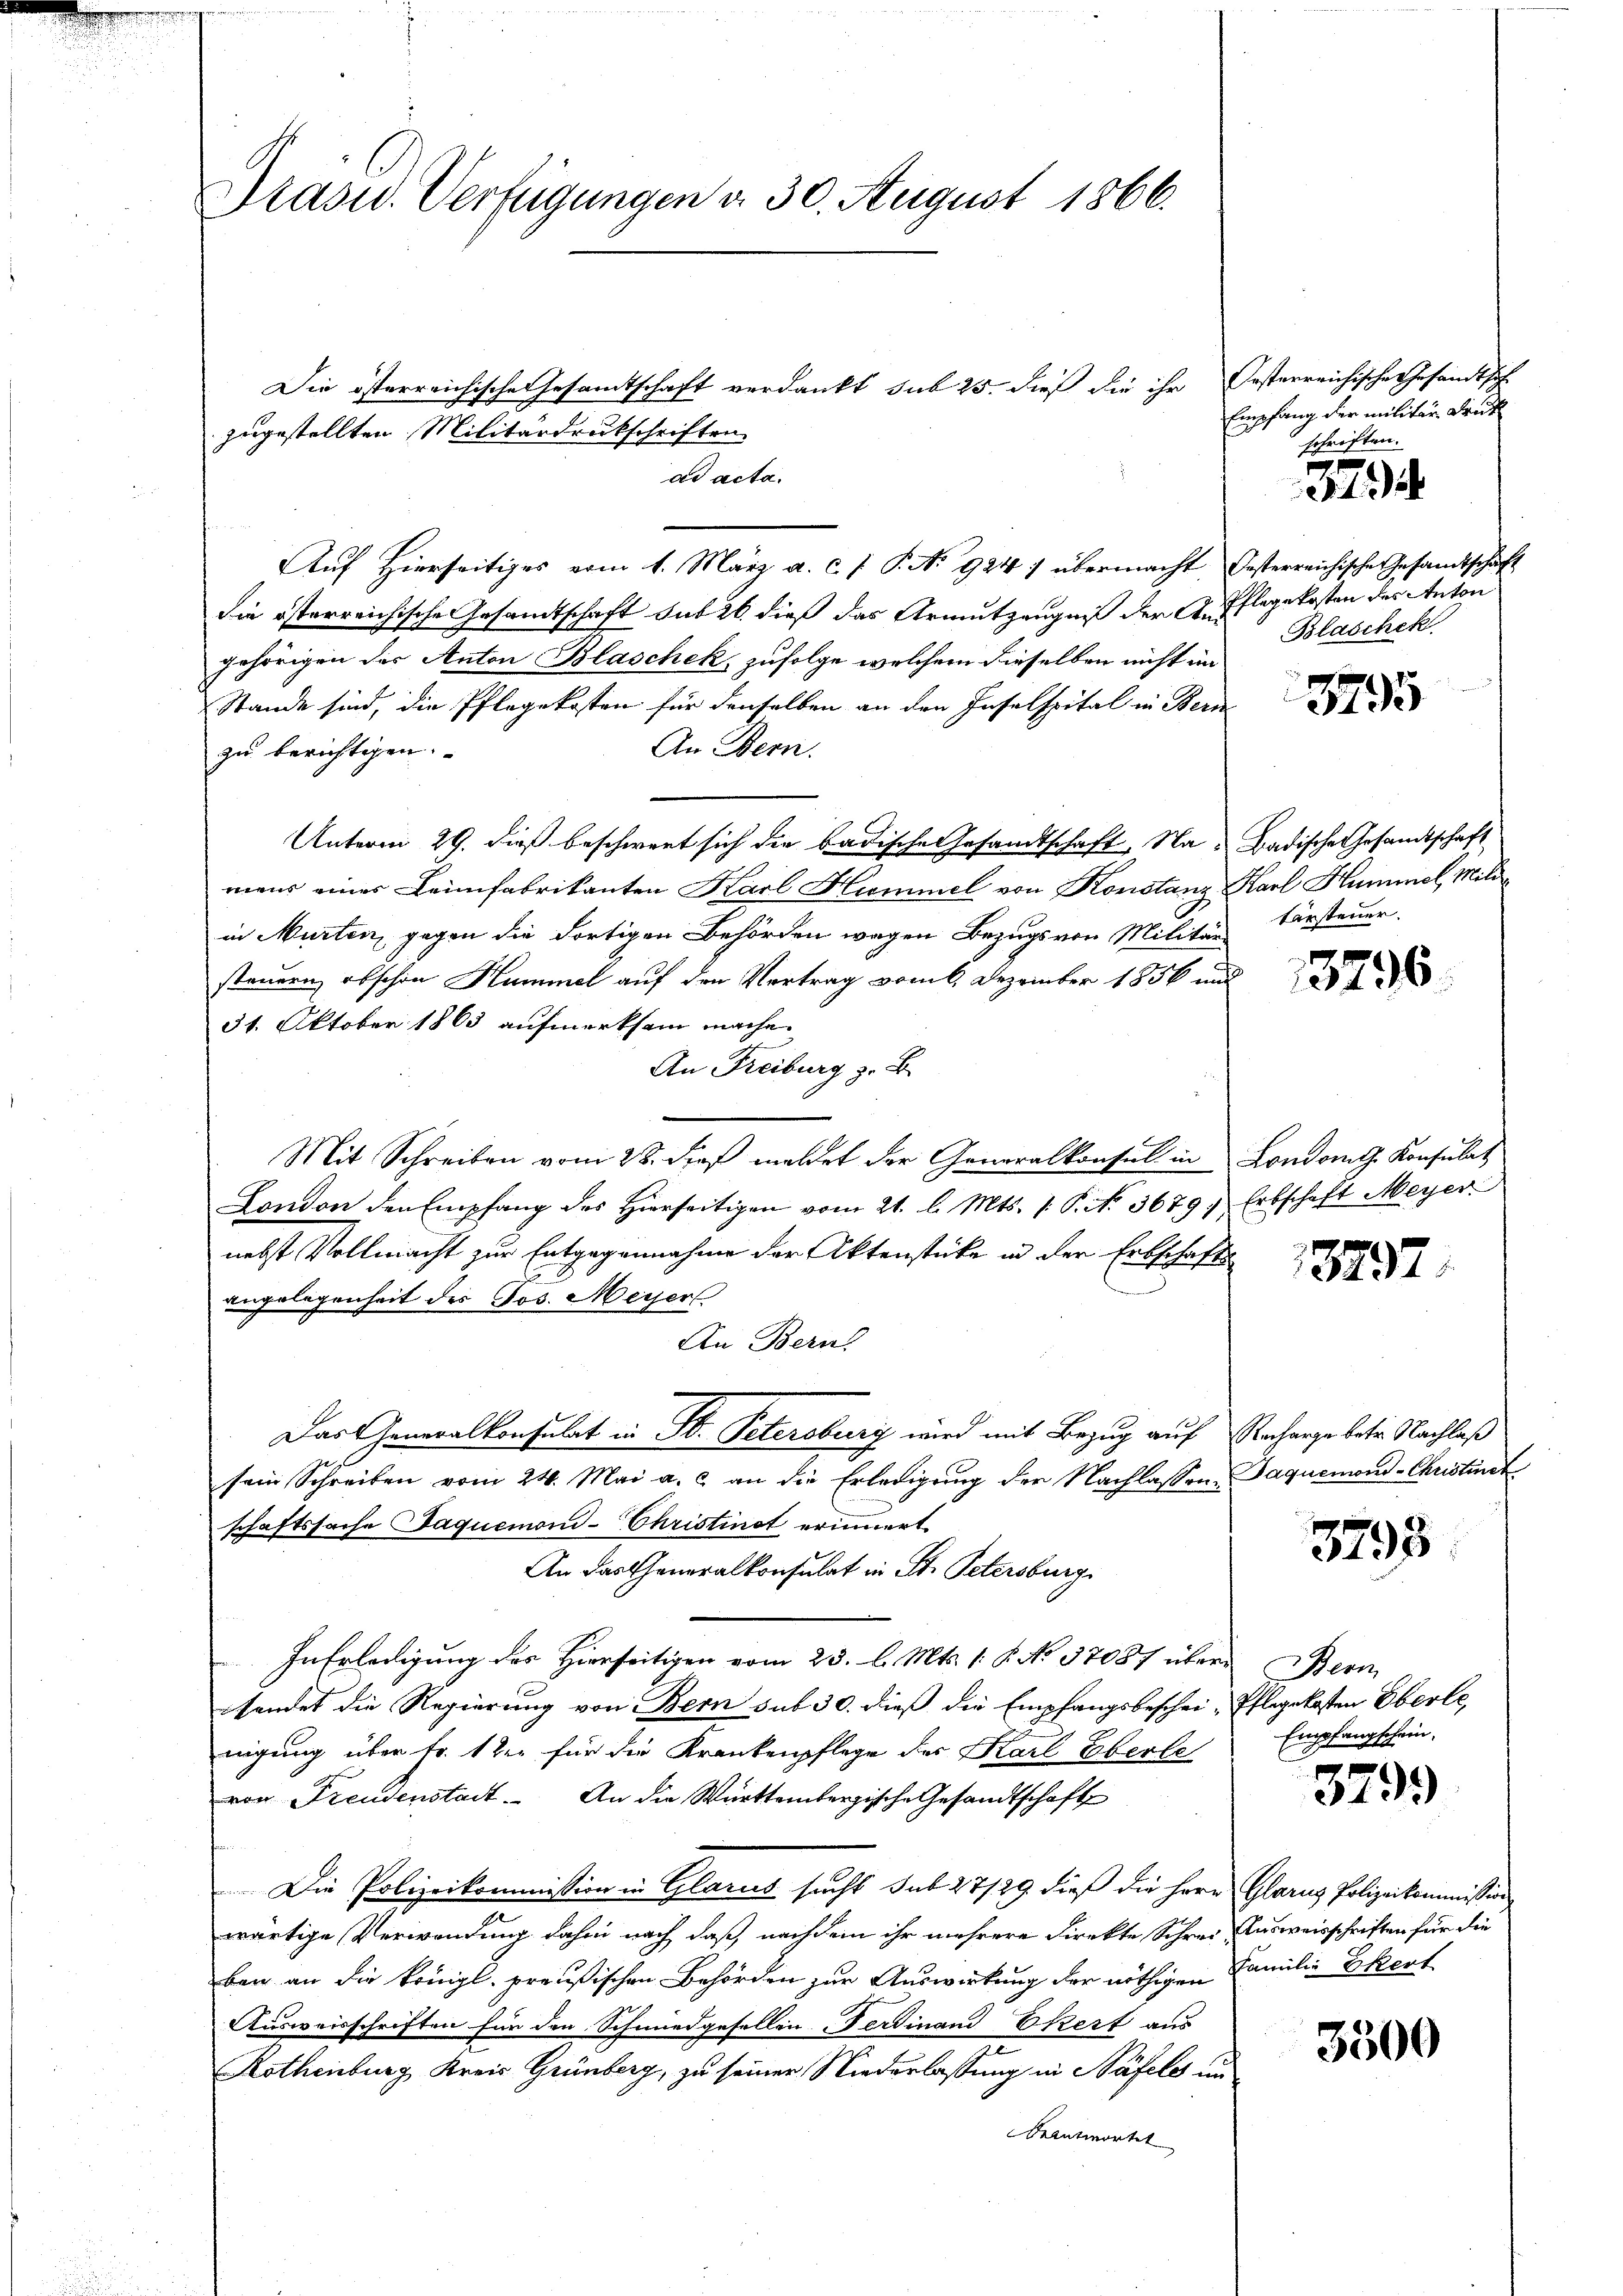
Präsid. Verfügungen v. 30. August 1866.

Die österreichische Gesandtschaft verdankt sub 25. dieß die ihr Oesterreichische Gesandtsch-
ad acta.
Aŭf Hierseitiges vom 1. März a. c. J. P. N. 924 1 übermacht Oesterreichisches Gesamtschaft
die österreichische Gesamtschaft sub 26. dieß das Armutzeugniß der A. Pflegekosten des Anton
gehörigen des Anton Blaschek, zufolge welchem dieselben nicht im
Stande sind, die Pflegekosten für denselben an den Inselspital in Bern
An Bern.
zu berichtigen.
Unterm 29. dieß beschwert sich die badische Gesandtschaft, Na-Badische Gesandtschaft
mens einer Leimfabrikanten Karl Hummel von Konstanz Karl Hummel Miliin Murten, gegen die dortigen Behörden wegen Bezugs von Militärs
steuern, obschon Hummel auf den Vertrag vom 6. Dezember 1856 und
31. Oktober 1863 aufmerksam mache.
An Freiburg z. B.
Mit Schreiben vom 28. die meldet der Generalkonsul in Londom. Konsulat
London den Empfang des Hierseitigen vom 21. l. Mts. 1 Pkt. 3679. Erbschaft Meyer
nebst Vollmacht zur Entgegennahme der Aktenstücke in der Erbschafts
angelegenheit der Jos. Meyerl
An Bern
Das Generalkonsulat in St. Petersbury wird mit Bezug auf Recharge betr. Nachlaß
sein Schreiben vom 24. Mai a. c. an die Erledigŭng der Nachlassen Jaquemond-Christinst
schaftssache Jaquemond- Christinot erinnert.
An das Generalkonsulat in St. Petersburg
In Erledigung des Hierseitigen vom 23. d. Mts. 1. P. No 37087 übersendet die Regierung von Bern sub 30. dieß die Empfangsbeschei-Pflegekosten Eberle,
nigung über Fr. 1ter für die Krankenpflege der Karl Eberle
von Freudenstadt. An die Württembergische Gesandtschaft
Die Polizeikommission in Glarus sucht sub 27/29 dieß die Herr Glarus Polizeikommission
wärtige Verwendung dahin nach daß, nachdem ihr mehrere Direkte Schrei Ausweisschriften für die
ben an die Königl. preußischen Behörden zur Auswirkung der nöthigen Familie Ekert
Ausweisschriften für den Schmiedgesellen Ferdinand Ekert aus
Kothenburg Kreis Grünberg, zu seiner Niederlassung in Bäfels un
beantwortet

zugestellten Militärdruckschriften

Empfang der militar Druk
schriften.

379

Blaschek

3795

tarsteuer.

3796

3737.

3793

Nenn
Empfangschein.

3799

3300